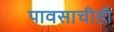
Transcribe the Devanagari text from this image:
पावसाचीही